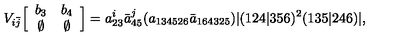
V _ { i \bar { j } } \Big [ \begin{array} { c c } { b _ { 3 } } & { b _ { 4 } } \\ { \emptyset } & { \emptyset } \\ \end{array} \Big ] = a _ { 2 3 } ^ { i } \bar { a } _ { 4 5 } ^ { j } ( a _ { 1 3 4 5 2 6 } \bar { a } _ { 1 6 4 3 2 5 } ) | ( 1 2 4 | 3 5 6 ) ^ { 2 } ( 1 3 5 | 2 4 6 ) | ,